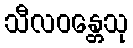
သီလဝန္တေသု